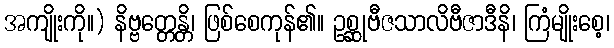
အကျိုးကို။) နိဗ္ဗတ္တေန္တိ၊ ဖြစ်စေကုန်၏။ ဥစ္ဆုဗီဇသာလိဗီဇာဒီနိ၊ ကြံမျိုးစေ့၊